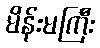
မိန်းမကြီး